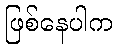
ဖြစ်နေပါက